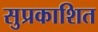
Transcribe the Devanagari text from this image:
सुप्रकाशित